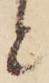
と